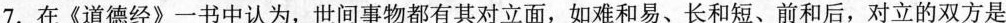
7.在《道德经》一书中认为，世间事物都有其对立面，如难和易、长和短、前和后，对立的双方是